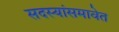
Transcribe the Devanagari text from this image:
सदस्यांसमावेत